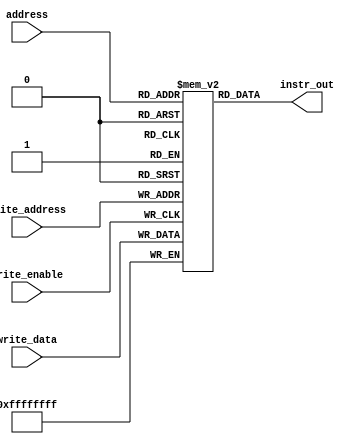
/*
Name: Aniket Suhas Borkar, Rollno. 210135
Name: Vikas Yadav, Rollno. 211166
*/

module data_mem(
    input wire [7:0] address,
    input wire write_enable,
    input wire [7:0] write_address,
    input wire [31:0] write_data,
    output wire [31:0] instr_out
);

// this module stores the data - i.e. the array of numbers to be sorted

reg signed [31:0] memory [255:0];

assign instr_out = memory[address];
integer i;

initial begin
    //array to  be sorted
    memory[0] = 32'd431;
    memory[1] = 32'd4;
    memory[2] = 32'd1;
    memory[3] = 32'd3;
    memory[4] = 32'd0;
    memory[5] = 32'd341;
    memory[6] = 32'd2;
    memory[7] = 32'd5;
    memory[8] = 32'd4294967287; // represents -9, i.e. two's complement of 9
    memory[9] = 32'd64;
    for(i = 10; i<255; i = i+1) begin
        memory[i] = 0;
    end
end

initial begin
    // monitor allows us to see how the array changes as it is sorted
    $monitor("%d, %d, %d, %d, %d, %d, %d, %d, %d, %d", memory[0], memory[1], memory[2], memory[3], memory[4], memory[5], memory[6], memory[7], memory[8], memory[9]);
end

always @(posedge write_enable) begin
    // write when write_enable is high
    memory[write_address] <= write_data;
end

endmodule